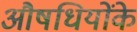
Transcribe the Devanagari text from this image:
औषधियोंके